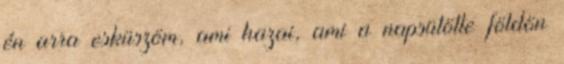
én arra esküszöm, ami hazai, ami a napsütötte földön